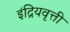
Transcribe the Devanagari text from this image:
इंद्रियवृत्ती